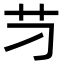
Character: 䒒